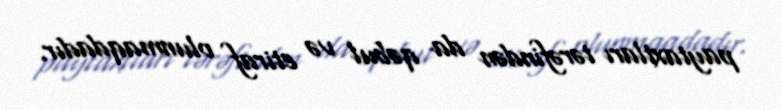
paytaxtları tərəfindən da qəbul və etiraf olunmaqdadır.